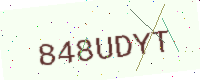
Text: 848UDYT